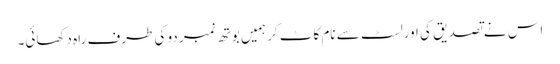
اس نے تصدیق کی اورلسٹ سے نام کاٹ کر ہمیں بوتھ نمبر دو کی طرف راہ دکھائی۔